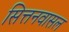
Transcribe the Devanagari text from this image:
सित्तनवासल